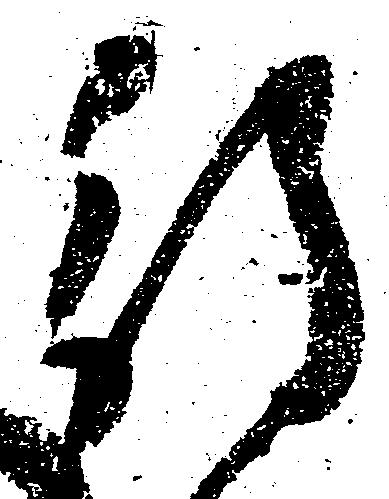
待